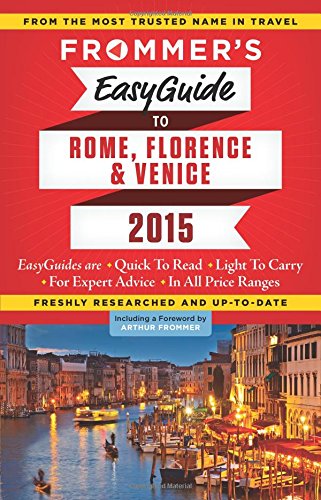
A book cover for Frommer's EasyGuide to Rome, Florence and Venice 2015 (Easy Guides); Stephen Keeling; Travel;